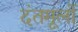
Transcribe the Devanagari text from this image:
दंतमूलों